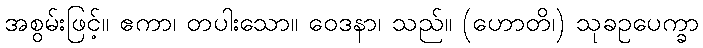
အစွမ်းဖြင့်။ ဧကာ၊ တပါးသော။ ဝေဒနာ၊ သည်။ (ဟောတိ၊) သုခဥပေက္ခာ